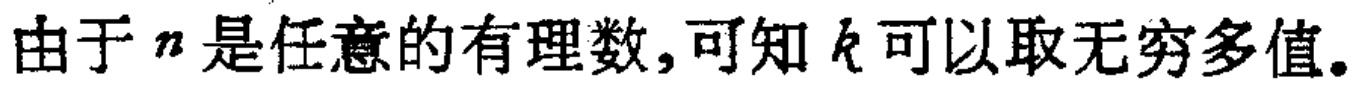
由于 \(n\) 是任意的有理数,可知 \(k\) 可以取无穷多值。